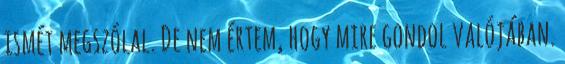
ismét megszólal. De nem értem, hogy mire gondol valójában.